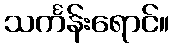
သင်္ကန်းရောင်။